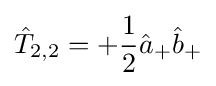
{\hat {T}}_{2,2}=+{\frac {1}{2}}{\hat {a}}_{+}{\hat {b}}_{+}